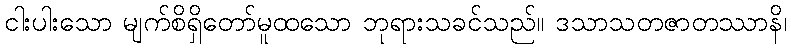
ငါးပါးသော မျက်စိရှိတော်မူထသော ဘုရားသခင်သည်။ ဒသာသတဇာတဿာနိ၊